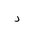
Letter: _dal